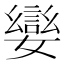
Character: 𡢮